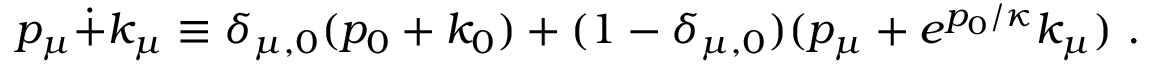
p _ { \mu } \dot { + } k _ { \mu } \equiv \delta _ { \mu , 0 } ( p _ { 0 } + k _ { 0 } ) + ( 1 - \delta _ { \mu , 0 } ) ( p _ { \mu } + e ^ { p _ { 0 } / \kappa } k _ { \mu } ) ~ .